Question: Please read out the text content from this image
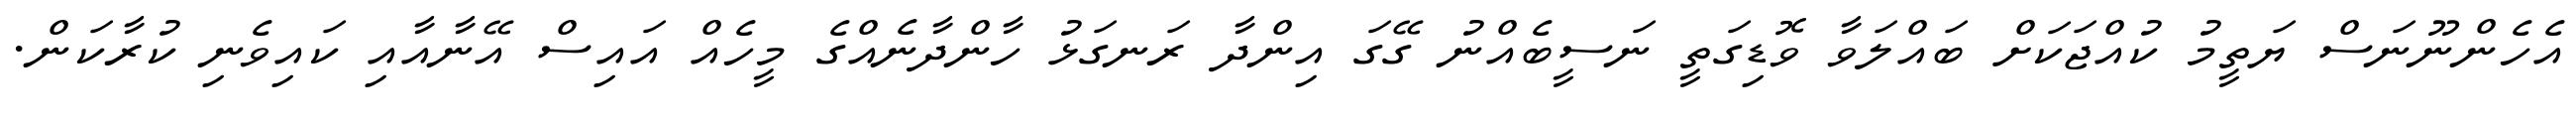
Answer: އެހެންނޫނަސް ޔަތީމު ކުއްޖަކަށް ބައްލަވާ ވޮޑިގަތީ ނަސީބެއްނު ގޭގަ އިންދާ ރަނގަޅު ހާންދާނެއްގެ މީހެއް އައިސް އޭނާއާއި ކައިވެނި ކުރާކަން.